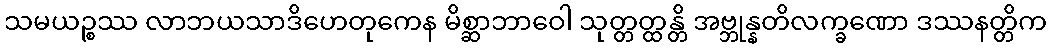
သမယဉ္စဿ လာဘယသာဒိဟေတုကေန မိစ္ဆာဘာဝေါ သုတ္တတ္ထန္တိ အဗ္ဘုန္နတိလက္ခဏော ဒဿနတ္တိက